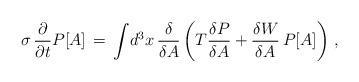
\begin{align*}\sigma\,\frac{\partial}{\partial t} P[A] \, = \,\int \! d^3x \, \frac{\delta}{\delta A} \left( T \frac{\delta P}{\delta A} + \frac{\delta W}{\delta A}\, P[A] \right) \, ,\end{align*}